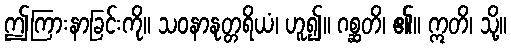
ဤကြားနာခြင်းကို။ သဝနာနုတ္တရိယံ၊ ဟူ၍။ ဂစ္ဆတိ၊ ၏။ ဣတိ၊ သို့။